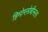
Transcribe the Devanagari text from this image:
हिमोग्लोबीनला